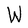
Character: W